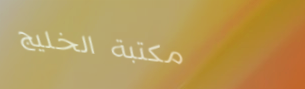
مكتبة الخليج